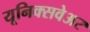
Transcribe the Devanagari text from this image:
यूनिक्सवेअर